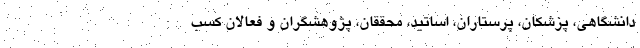
دانشگاهی، پزشکان، پرستاران، اساتید، محققان، پژوهشگران و فعالان کسب